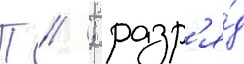
П // ; разр'я́д